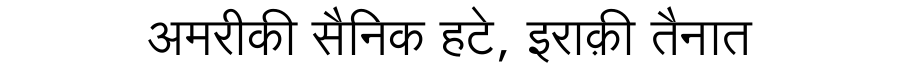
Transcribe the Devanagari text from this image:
अमरीकी सैनिक हटे, इराक़ी तैनात